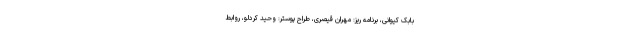
بابک کیوانی، برنامه ریز: مهران قیصری، طراح پوستر: وحید کردلو، روابط